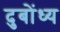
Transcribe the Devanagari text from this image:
दुबोंध्य